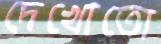
দেখোতো